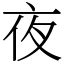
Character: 夜